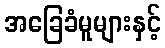
အခြေခံမူများနှင့်